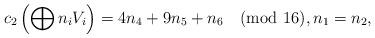
LaTeX: \begin{gather*} c_2\left(\bigoplus n_i V_i\right) = 4n_4 + 9n_5 + n_6 \pmod {16}, n_1 = n_2,\end{gather*}